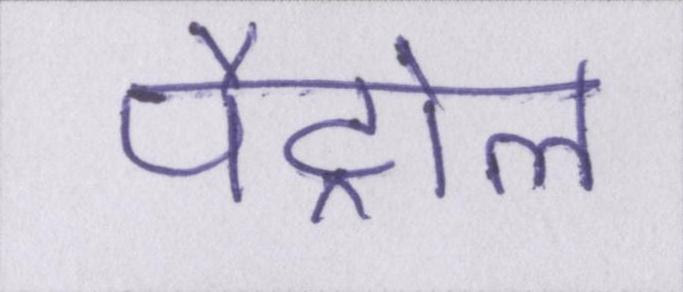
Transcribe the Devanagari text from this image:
पैट्रोल